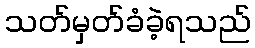
သတ်မှတ်ခံခဲ့ရသည်